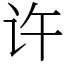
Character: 许